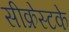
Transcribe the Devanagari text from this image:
सीक्रेस्टके